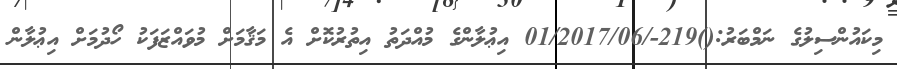
މިކައުންސިލުގެ ނަމްބަރު:()219-/01/2017/06 އިޢުލާންގެ މުއްދަތު އިތުރުކޮށް އެ މަޤާމަށް މުވައްޒަފަކު ހޯދުމަށް އިޢުލާން